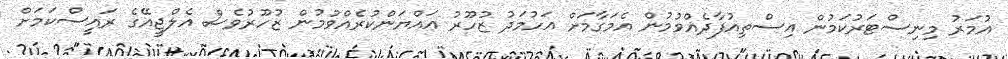
އުމަރު މިނިސްޓަރުކަމުން އިސްތިއުފާދެއްވުމުން އެމަގާމަށް އަހުމަދު ޒުހޫރު އައްޔަންކުރެއްވުމުން ޒުހޫރުވެސް އެލްޖީއޭގެ ރައީސްކަމަށް